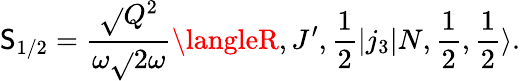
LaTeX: \mathsf{S}_{1/2}=\frac{{\sqrt{}{{Q^{2}}}}}{{\omega\sqrt{}{{2\omega}}}}\langleR,J^{\prime},\frac{{1}}{{2}}\left|j_{3}\right|N,\frac{{1}}{{2}},\frac{{1}}{{2}}\rangle.